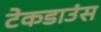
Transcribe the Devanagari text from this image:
टेकडाउंस